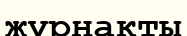
жүрнакты